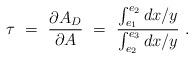
LaTeX: \begin{align*} \tau \ =\ {\partial A_D \over \partial A} \ =\ {\int_{e_1}^{e_2} {dx / y} \over \int_{e_2}^{e_3} {dx / y}}\ .\end{align*}